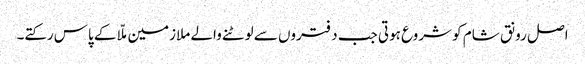
اصل رونق شام کو شروع ہوتی جب دفتروں سے لوٹنے والے ملازمین ملّا کے پاس رکتے۔